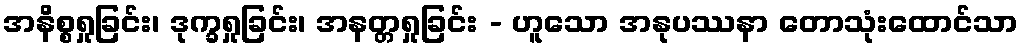
အနိစ္စရှုခြင်း၊ ဒုက္ခရှုခြင်း၊ အနတ္တရှုခြင်း - ဟူသော အနုပဿနာ တောသုံးထောင်သာ